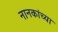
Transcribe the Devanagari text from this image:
नानकांच्या